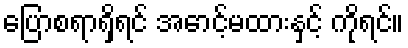
ပြောစရာရှိရင် အောင့်မထားနှင့် ကိုရင်။